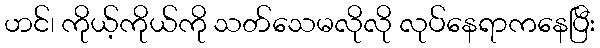
ဟင်၊ ကိုယ့်ကိုယ်ကို သတ်သေမလိုလို လုပ်နေရာကနေပြီး